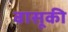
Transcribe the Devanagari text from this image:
वासूकी